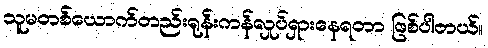
သူမတစ်ယောက်တည်းရုန်းကန်လှုပ်ရှားနေရတာ ဖြစ်ပါတယ်။